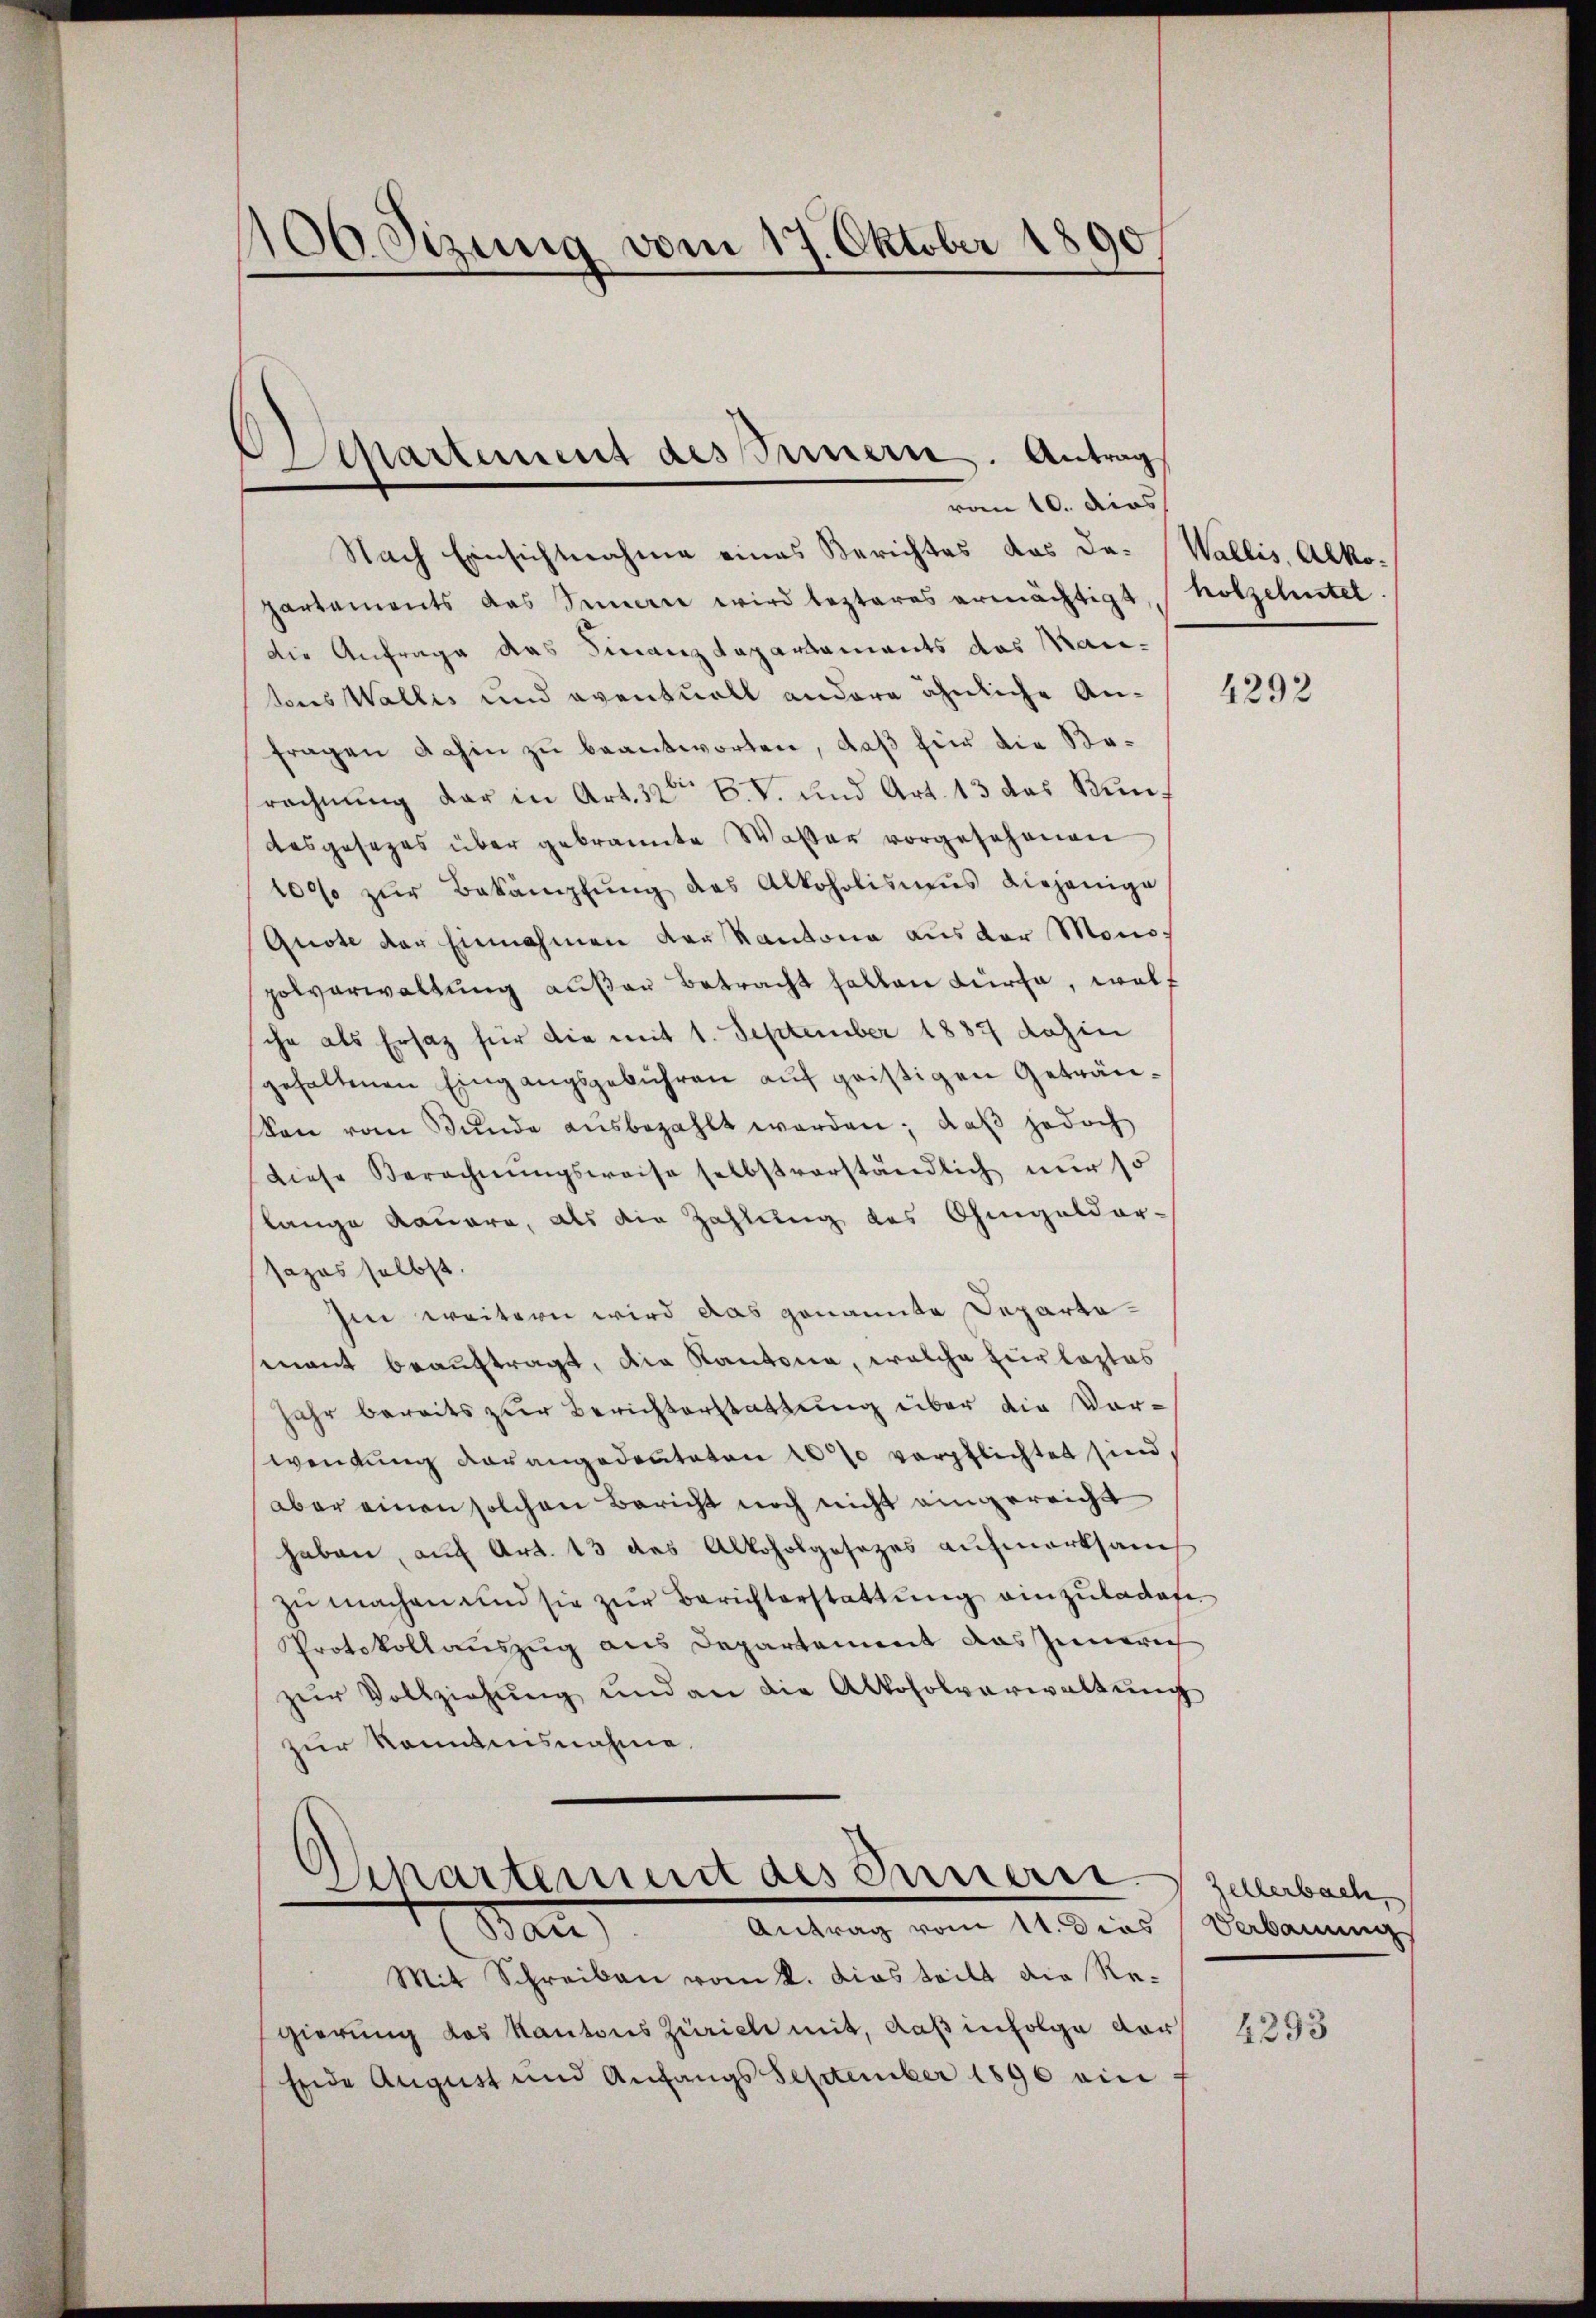
106 Sizung vom 17. Oktober 1890

Departement des Innern. Antrag
vom 10. dies

Nach Einsichtnahme eines Berichtes das da- (Wallis, Alkopartaments das Sinnern wird lezteres ermächtigt, holzehntel
die Anfrage das Finanzdepartaments das Mautons Wallis und eventuell andere ähnliche Anfragen dahin zu beantworten, daß hier die Korechnung der in Art. 32 B. V. und Art. 13 das Kun¬
Aasgesezes über gebrannte Wasser vorgesehenen
100% zŭr Bekämpfŭng des Alkoholismus diejenige
Quote der Einnahmen der Kantona aus der Monozolverwaltung außer betracht halten Kürze, woll
che als Ersatz für die mit 1. September 1887 dahin
gehaltenen Eingangsgebühren auf geistigen Geträuon vom Bunde ausbezahlt werden; daß jedoch
diese Berechnŭngsweise selbstverständlich nur so
lange dauere, als die Zahlung des Ohmgeldar-
sazas selbst.
hin weitern wird das genannte Departesenant beauftragt, die Kantona, welche zur leztes
Jahr bereits zur Berichterstattung über die Vorwendung darangedeuteten 10% verpflichtet sind.
aber einen solchen Bericht noch nicht eingereicht
haben, auf Art. 13 des Alkoholgesezes aufmerksam
zŭ machen und sie zŭr Berichterstattung einzuladete
Protokollauszug aus Departement das Innern
zŭr Vollziehŭng und an die Alkoholverwaltŭng
zur kommnisnahme.
Departement des Innern.
Antrag vom 11. dies Verbauung
Man
Mit Schreiben vom 2. dies teilt die Regierung das Kantons Zürich mit, daß infolge der
Ende August und Anfangs September 1890 ein f

4292

zellerbach,

4293